Leaving Certificate Examination, 1916
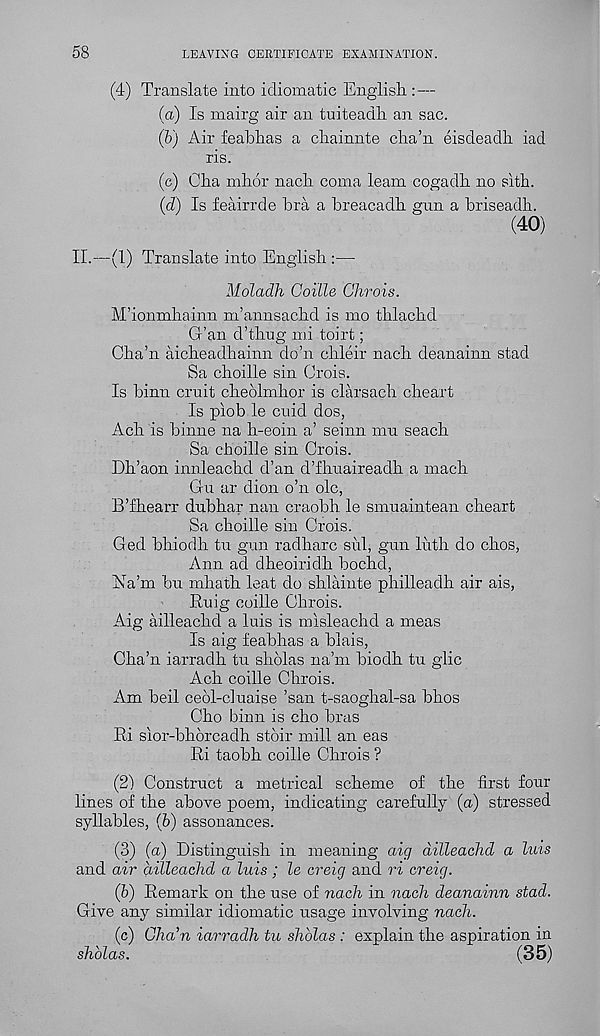
58
LEAVING CERTIFICATE EXAMINATION.
(4) Translate into idiomatic English :—
(а) Is mairg air an tuiteadli an sac.
(б) Air feahhas a chainnte cha’n eisdeadh iad
ris.
(c) Cha mhor nach coma learn cogadh no sith.
(d) Is feairrde bra a breacadh gun a briseadh.
(40)
II.—(1) Translate into English :—
Moladh Goille Ghrois.
M’ionmhainn m’annsachd is mo thlachd
G’an d’thug mi toirt;
Cha’n aicheadhainn do’n chleir nach deanainn stad
Sa choille sin Crois.
Is binn emit cheolmhor is clarsach cheart
Is piob le cuid dos,
Ach is binne na h-eoin a’ seinn mu seach
Sa choille sin Crois.
Dh’aon innleachd d’an d’fhuaireadh a mach
G-u ar dion o’n ole,
B’fhearr dubhar nan craobh le smuaintean cheart
Sa choille sin Crois.
Ged bhiodh tu gun radharc sulj gun luth do chos,
Ann ad dheoiridh bochd,
hia’m bu mhath leat do shlainte philleadh air ais,
Ruig coille Chrois.
Aig ailleachd a luis is misleachd a meas
Is aig feabhas a blais,
Cha’n iarradh tu sholas na’m biodh tu glic
Ach coille Chrois.
Am beil ceol-cluaise ’san t-saoghal-sa bhos
Cho binn is cho bras
Ri sior-bhbreadh stoir mill an eas
Ri taobh coille Chrois ?
(2) Construct a metrical scheme of the first four
lines of the above poem, indicating carefully (a) stressed
syllables, (6) assonances.
(3) (a) Distinguish in meaning aig dilleachd a luis
and air dilleachd a luis ; le creig and ri ereig.
(i) Remark on the use of nach in nach deanainn stad.
Give any similar idiomatic usage involving nach.
(c) Cha’n iarradh tu shblas : explain the aspiration in
shblas.
(35)